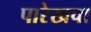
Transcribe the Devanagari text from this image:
पारेखचा